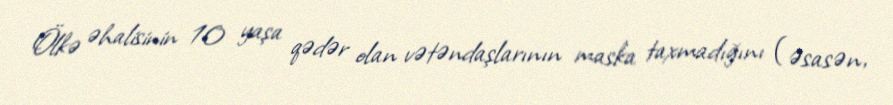
Ölkə əhalisinin 10 yaşa qədər olan vətəndaşlarının maska taxmadığını (əsasən,